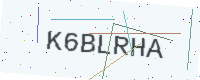
Text: K6BLRHA